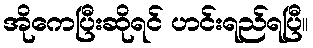
အိုကေပြီးဆိုရင် ဟင်းရည်ရပြီ။